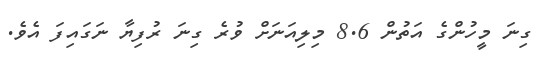
ގިނަ މީހުންގެ އަތުން 8.6 މިލިއަނަށް ވުރެ ގިނަ ރުފިޔާ ނަގައިފަ އެވެ.